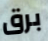
برق